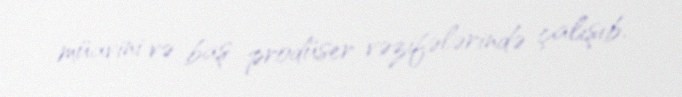
müavini və baş prodüser vəzifələrində çalışıb.